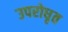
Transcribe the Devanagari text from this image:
उपरोधृत